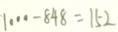
1 0 0 0 - 8 4 8 = 1 5 2